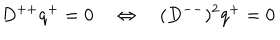
D ^ { + + } q ^ { + } = 0 \quad \Leftrightarrow \quad ( D ^ { -- } ) ^ { 2 } q ^ { + } = 0